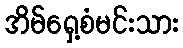
အိမ်ရှေ့စံမင်းသား